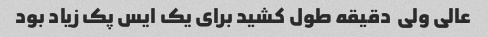
عالی ولی  دقیقه طول کشید برای یک ایس پک زیاد بود